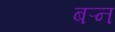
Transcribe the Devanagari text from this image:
बऱ्न